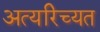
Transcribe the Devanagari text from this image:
अत्यरिच्यत